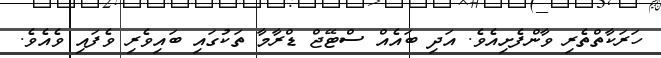
ހަރަކާތްތެރި ވާންފެށިއެވެ. އަދި ބައެއް ސްޓޭޖް ޑްރާމާ ތަކުގައި ބައިވެރި ވެފައި ވެއެވެ.